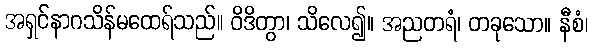
အရှင်နာဂသိန်မထေရ်သည်။ ဝိဒိတွာ၊ သိလေ၍။ အညတရံ၊ တခုသော။ နီစံ၊